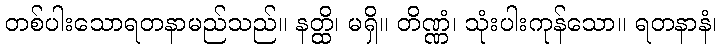
တစ်ပါးသောရတနာမည်သည်။ နတ္ထိ၊ မရှိ။ တိဏ္ဏံ၊ သုံးပါးကုန်သော။ ရတနာနံ၊